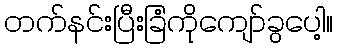
တက်နင်းပြီးခြံကိုကျော်ခွပေါ့။